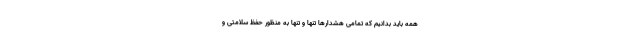
همه باید بدانیم که تمامی هشدارها تنها و تنها به منظور حفظ سلامتی و